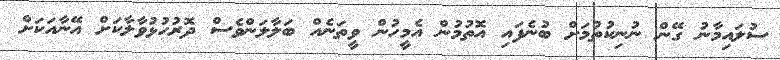
ސުލައިމާނު ގޭން ނުނިކުތުމަށް ބުނެފައި އޮތުމުން އެމީހުން ވީތަނެއް ބަލާލަންވެސް ދޮރުހުޅުވާލާކަށް އޭނާއަކަށް